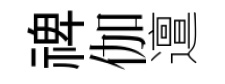
禆伽邅